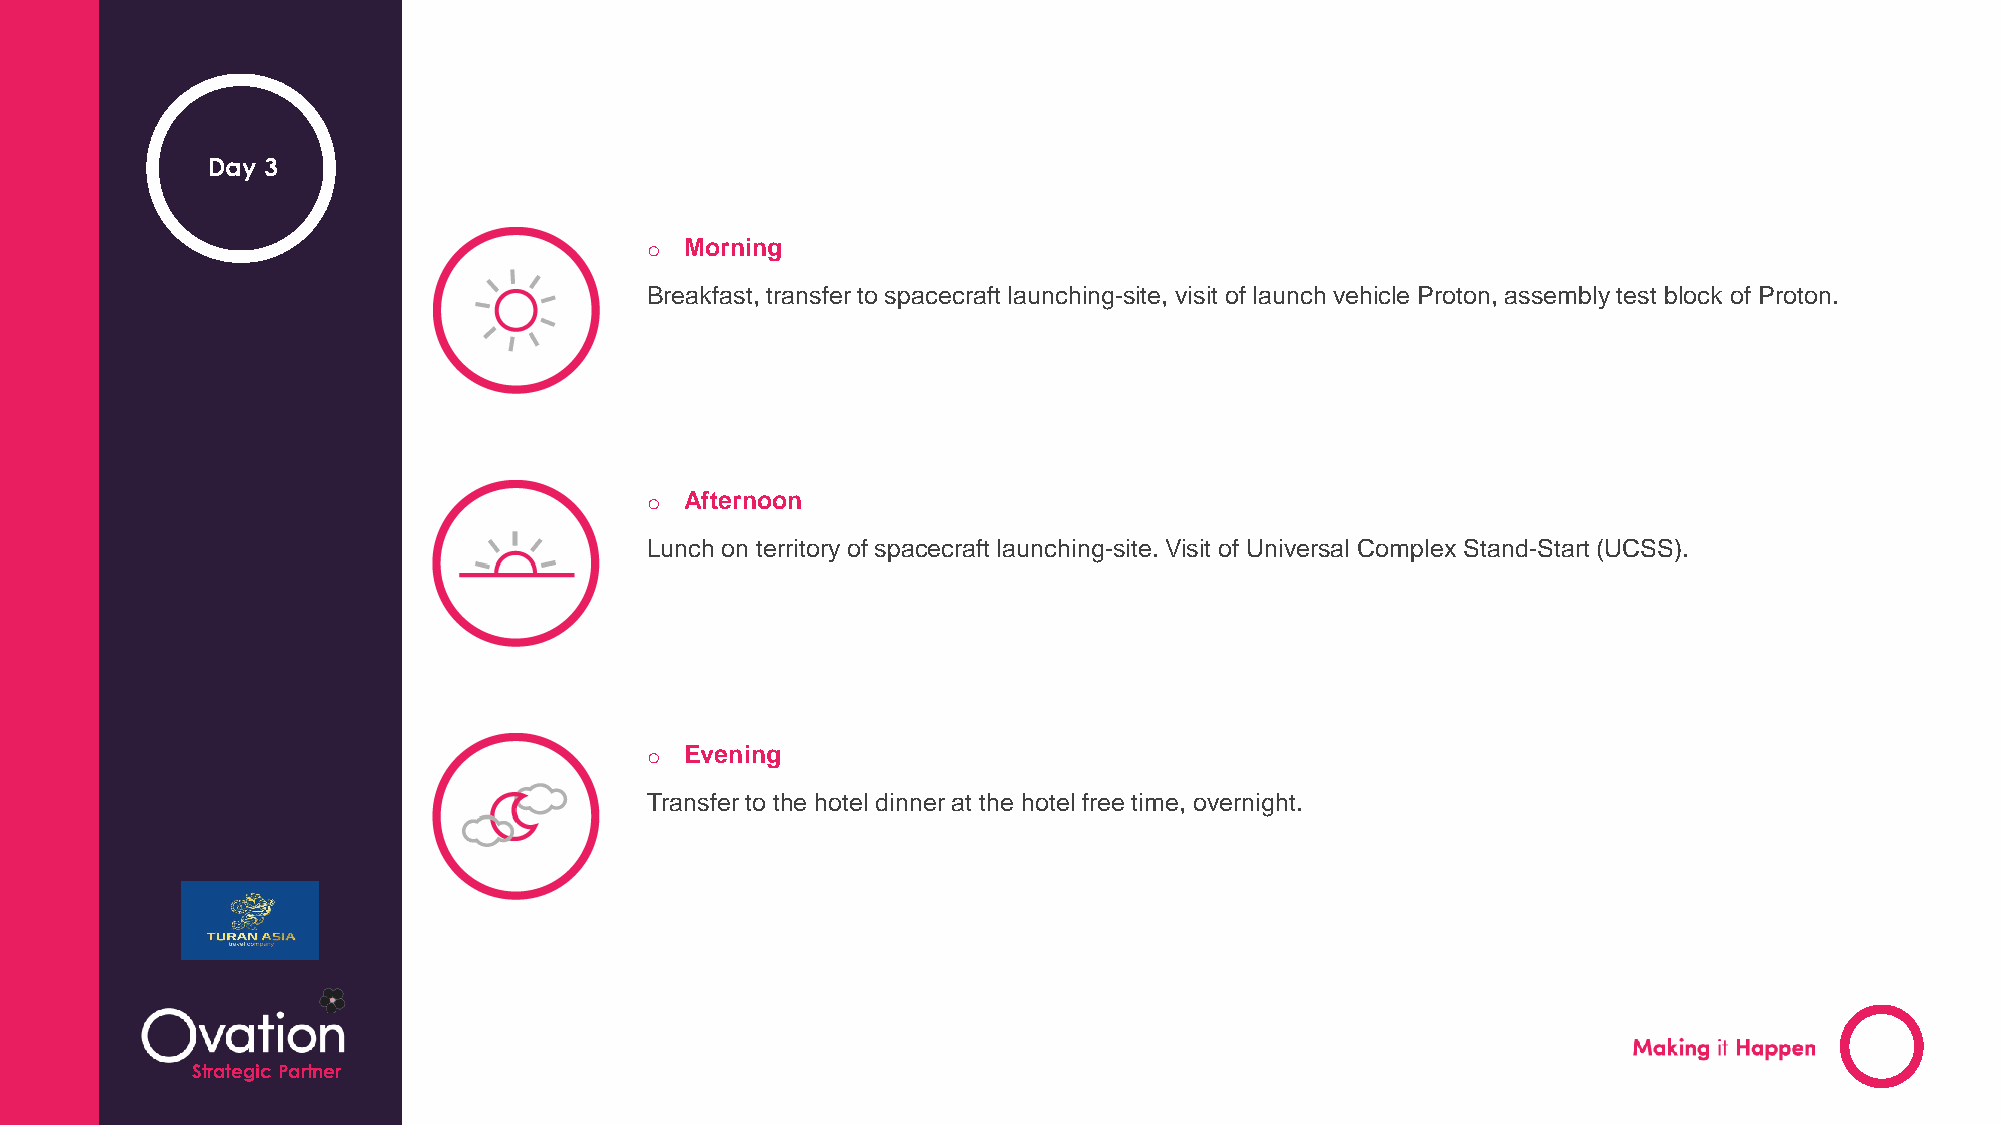
Day 3
 o Morning
 Breakfast, transfer to spacecraft launching-site, visit of launch vehicle Proton, assembly test block of Proton.
 o Afternoon
 Lunch on territory of spacecraft launching-site. Visit of Universal Complex Stand-Start (UCSS).
 o Evening
 Transfer to the hotel dinner at the hotel free time, overnight.
 StrCaoteugnitcryP Naartmneer